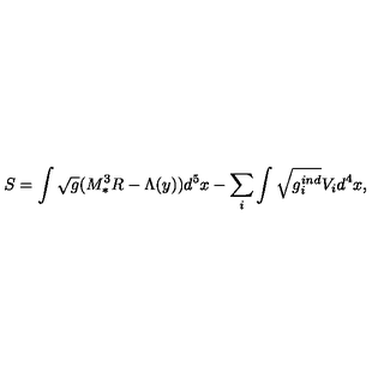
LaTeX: S = \int \sqrt { g } ( M _ { * } ^ { 3 } R - \Lambda ( y ) ) d ^ { 5 } x - \sum _ { i } \int \sqrt { g _ { i } ^ { i n d } } V _ { i } d ^ { 4 } x ,